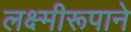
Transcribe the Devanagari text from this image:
लक्ष्मीरूपाने